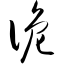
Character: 诡